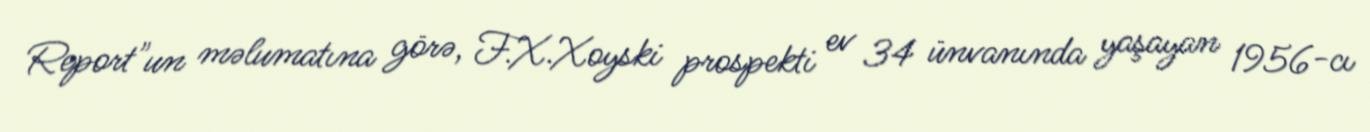
Report"un məlumatına görə, F.X.Xoyski prospekti ev 34 ünvanında yaşayan 1956-cı